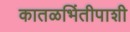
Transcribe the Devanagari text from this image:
कातळभिंतीपाशी